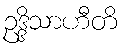
ဥဒ္ဒိသာဟီတိ